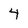
Character: 4